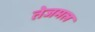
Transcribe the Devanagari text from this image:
तेजमल